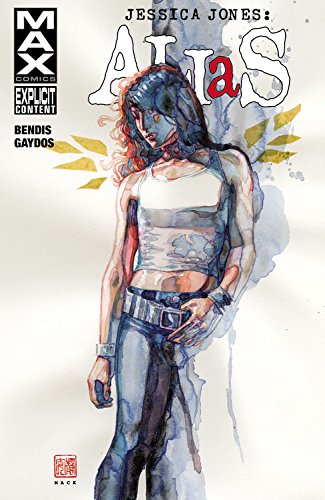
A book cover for Jessica Jones: Alias Vol. 2 (AKA Jessica Jones); Marvel Comics; Comics & Graphic Novels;